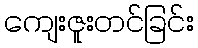
ကျေးဇူးတင်ခြင်း